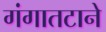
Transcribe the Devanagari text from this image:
गंगातटाने